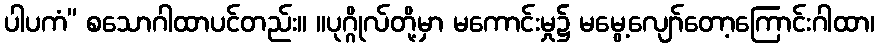
ပါပကံ” စသောဂါထာပင်တည်း။ ။ပုဂ္ဂိုလ်တို့မှာ မကောင်းမှု၌ မမွေ့လျော်တော့ကြောင်းဂါထာ၊